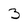
Character: 3